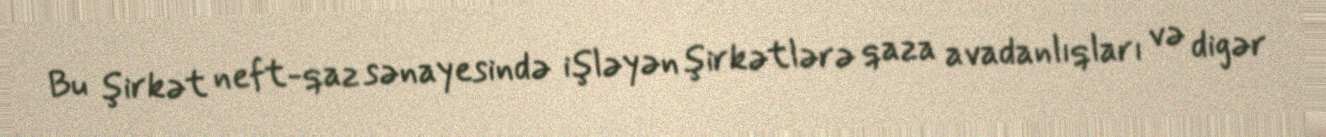
Bu şirkət neft-qaz sənayesində işləyən şirkətlərə qaza avadanlıqları və digər